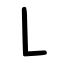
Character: ㇄